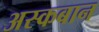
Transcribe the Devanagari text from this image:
अस्कबान